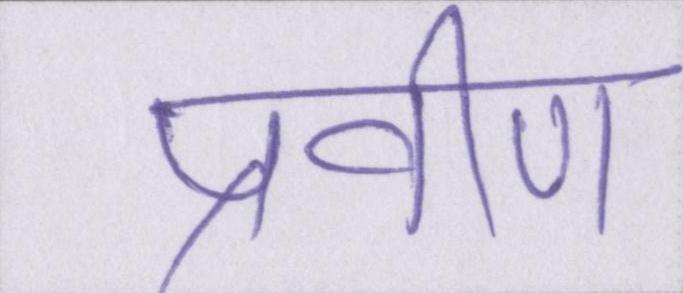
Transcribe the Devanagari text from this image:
प्रवीण